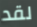
لقد